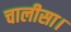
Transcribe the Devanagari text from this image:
चालीसा।